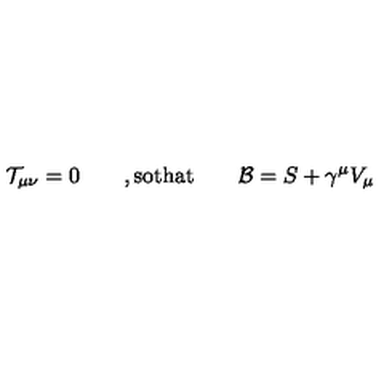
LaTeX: { \mathcal T } _ { \mu \nu } = 0 \qquad , \mathrm { s o t h a t } \qquad { \mathcal B } = S + \gamma ^ { \mu } V _ { \mu }